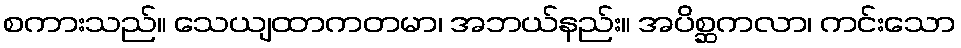
စကားသည်။ သေယျထာကတမာ၊ အဘယ်နည်း။ အပိစ္ဆကလာ၊ ကင်းသော